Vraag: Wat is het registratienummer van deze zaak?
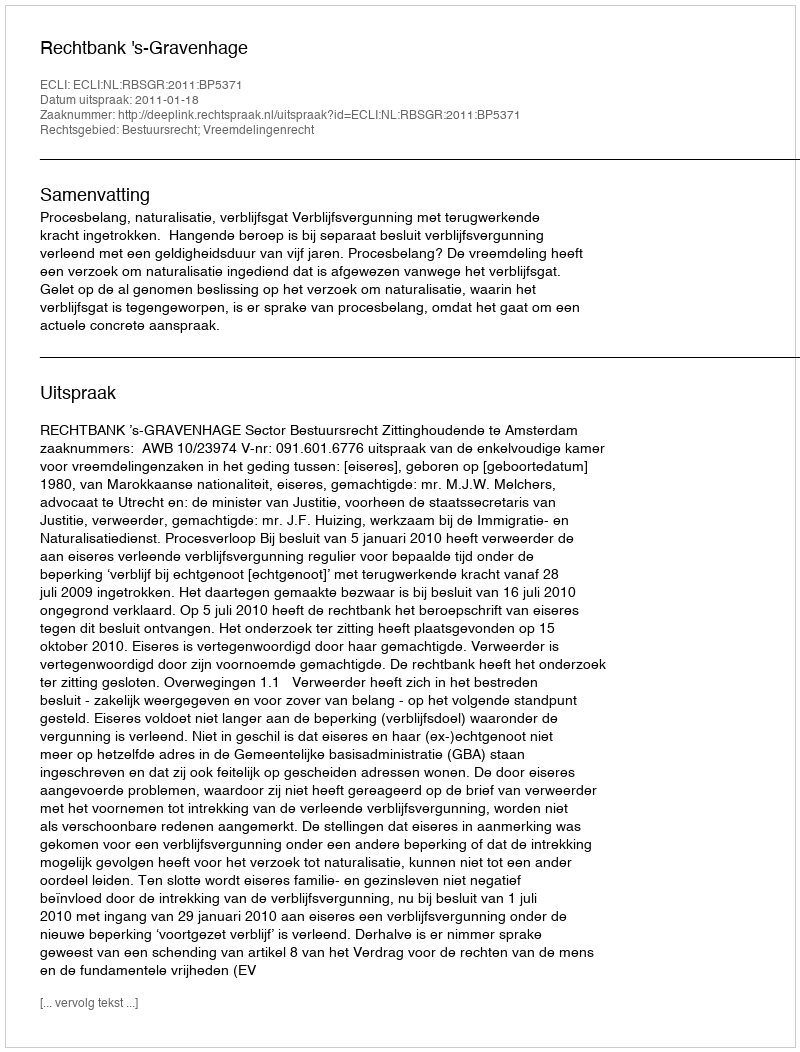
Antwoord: http://deeplink.rechtspraak.nl/uitspraak?id=ECLI:NL:RBSGR:2011:BP5371